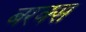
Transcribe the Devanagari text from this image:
बरक्‍स